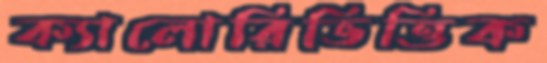
ক্যালোরিভিত্তিক